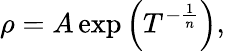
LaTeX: \rho=A\exp\left(T^{-{\frac{1}{n}}}\right),